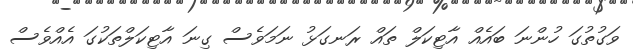
ވަގުތުގަ ހުންނަ ބައެއް އާޓިކަލް ތައް ރަނގަޅު ނަމަވެސް ގިނަ އާޓިކަލްތަކުގަ އެއްވެސް